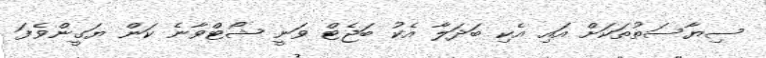
ސިޔާސަތުތަކަށް އައި އެކި ބަދަލާ އެކު ބަޖެޓް ވަނީ ޝޯޓްވާނެ ކަން ޔަގީންވެފަ